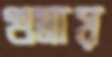
গুম্‌রায়